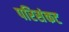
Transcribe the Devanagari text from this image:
परिसंकट